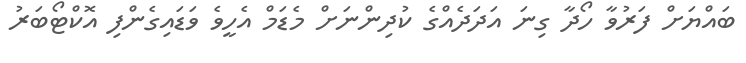
ބައްޔަށް ފަރުވާ ހޯދާ ގިނަ އަދަދެއްގެ ކުދިންނަށް މެޑަމް އެހީވެ ވަޑައިގެންފި އޮކްޓޯބަރު